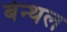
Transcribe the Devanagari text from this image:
बेन्थल